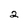
Character: 2